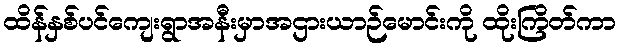
ထိန်နှစ်ပင်ကျေးရွာအနီးမှာအဌားယာဉ်မောင်းကို ထိုးကြိတ်ကာ